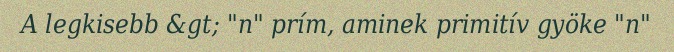
A legkisebb &gt; "n" prím, aminek primitív gyöke "n"